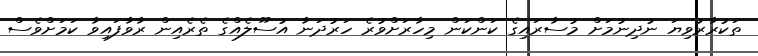
ތަކުރާރުވިޔަ ނުދިނުމަށް މުސާރައިގެ ކަންކަން މިހާރަށްވުރެ ހަރުދަނާ އުސޫލެއްގެ ތެރެއިން ރާވާފައިވާ ކަމަށްވެސް